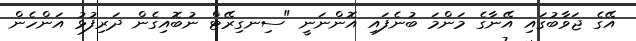
އޭގެ ޖަވާބުގައި އޭނާގެ މަންމަ ބުނެފައި އޮންނަނީ "ސިނގިރޭޓް ނުބޮއިގެން ދަރިފުޅު އަންހެން